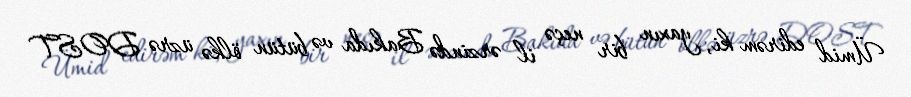
Ümid edirəm ki, yaxın bir neçə il ərzində Bakıda və bütün ölkə üzrə DOST